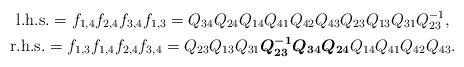
\begin{gather*}{\rm l.h.s.} =f_{1,4} f_{2,4} f_{3,4} f_{1,3}=Q_{34}Q_{24}Q_{14}Q_{41}Q_{42}Q_{43}Q_{23}Q_{13}Q_{31}Q_{23}^{-1},\\{\rm r.h.s.} =f_{1,3} f_{1,4} f_{2,4} f_{3,4}=Q_{23}Q_{13}Q_{31}{\boldsymbol{Q_{23}^{-1}Q_{34}Q_{24}}}Q_{14}Q_{41}Q_{42}Q_{43}.\end{gather*}